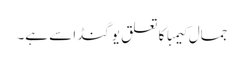
جمال کیمبا کا تعلق یوگنڈا سے ہے۔